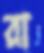
রা